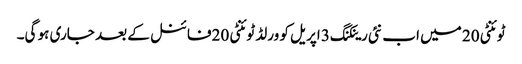
ٹوئنٹی 20 میں اب نئی رینکنگ 3 اپریل کو ورلڈ ٹوئنٹی 20فائنل کے بعد جاری ہو گی۔